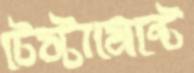
টেস্টামেন্টে